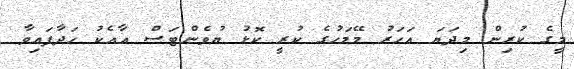
މީގެ ކުރިން މިދަޔަ އަހަރު މޭމަހުގެ ކުރީ ކޮޅު ޔުވެންޓަސް އާއެކު ހަދާފައިވާ